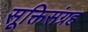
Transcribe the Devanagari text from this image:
सूक्तिसंग्रह